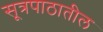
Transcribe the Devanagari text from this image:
सूत्रपाठातील